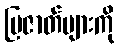
ပြဇာတ်များကို